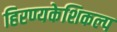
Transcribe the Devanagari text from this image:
हिरण्यकेशिकल्प